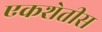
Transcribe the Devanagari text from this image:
एकशेतीस